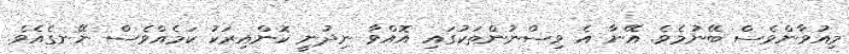
މިއުވާންވެސް ބޭނުމެވެ. އޭނާ އެ ވިސްނުންތަކުގައި އޮއްވާ ނިދުނީ ކޮންއިރަކު ކަމެއްވެސް ނޭނގެއެވެ.